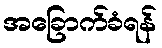
အခြောက်ခံရန်